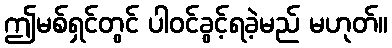
ဤမစ်ရှင်တွင် ပါဝင်ခွင့်ရခဲ့မည် မဟုတ်။